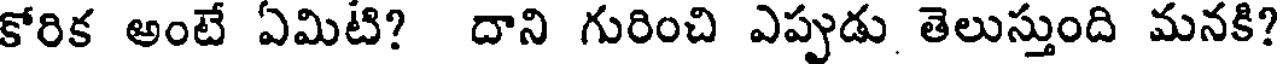
కోరిక అంటే ఏమిటి? దాని గురించి ఎప్పుడు తెలుస్తుంది మనకి?